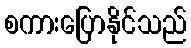
စကားပြောနိုင်သည်